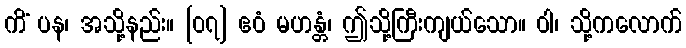
ကိံ ပန၊ အသို့နည်း။ [၀၇] ဧဝံ မဟန္တံ၊ ဤသို့ကြီးကျယ်သော။ ဝါ၊ သို့ကလောက်